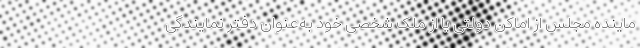
ماینده مجلس از اماکن دولتی یا از ملک شخصی خود به‌عنوان دفتر نمایندگی